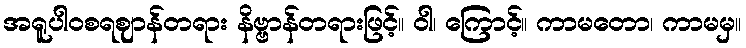
အရူပါဝစရဈာန်တရား နိဗ္ဗာန်တရားဖြင့်။ ဝါ၊ ကြောင့်။ ကာမတော၊ ကာမမှ။